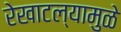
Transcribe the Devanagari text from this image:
रेखाटल्यामुळे